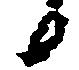
候